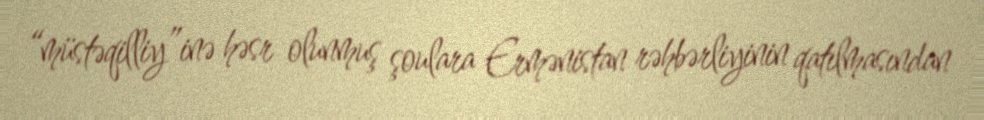
“müstəqilliy”inə həsr olunmuş şoulara Ermənistan rəhbərliyinin qatılmasından